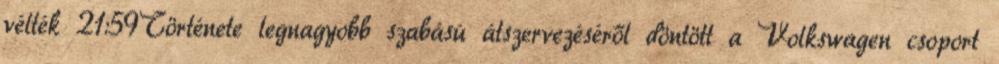
vélték 21:59Története legnagyobb szabású átszervezéséről döntött a Volkswagen csoport